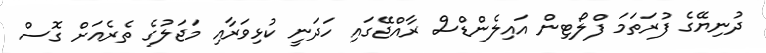
ދުނިޔޭގެ ފުރަތަމަ ފްލޯޓިން އައިލެންޑްސް ރާއްޖޭގައި ހަދަނީ ކުޅިވަރާއި މަޖަލުގެ ތެރެއަށް ގޮސް